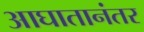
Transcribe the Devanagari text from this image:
आघातानंतर